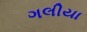
ગલીયા